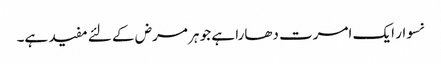
نسوار ایک امرت دھارا ہے جو ہر مرض کے لئے مفید ہے۔